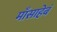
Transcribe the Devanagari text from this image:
माँसाहेबं